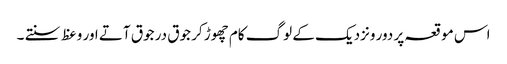
اس موقعہ پر دور ونزدیک کے لوگ کام چھوڑ کر جوق در جوق آتے اور وعظ سنتے ۔